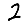
Digit: 2